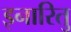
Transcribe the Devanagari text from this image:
इनारितु